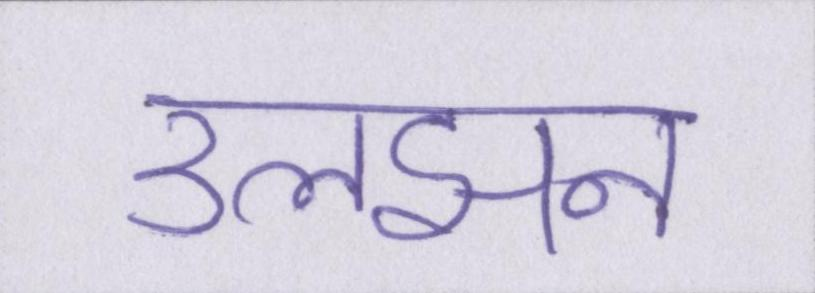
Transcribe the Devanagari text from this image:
उलझन